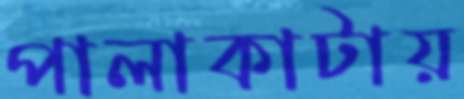
পালাকাটায়